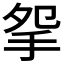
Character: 𢪸